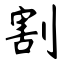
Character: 割